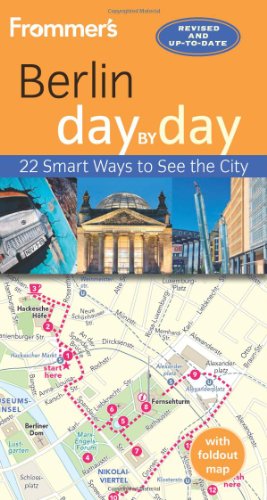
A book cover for Frommer's Berlin day by day; Donald Olson; Travel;